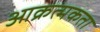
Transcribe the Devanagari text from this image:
आक्रत्मकता